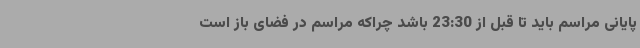
پایانی مراسم باید تا قبل از 23:30 باشد چراکه مراسم در فضای باز است